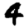
Digit: 4